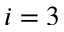
i = 3